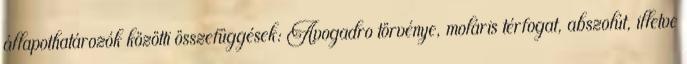
állapothatározók közötti összefüggések: Avogadro törvénye, moláris térfogat, abszolút, illetve